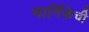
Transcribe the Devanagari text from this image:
मार्गिकेची